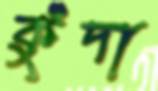
কুঁদা